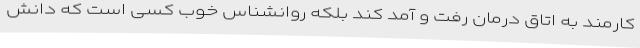
کارمند به اتاق درمان رفت و آمد کند بلکه روانشناس خوب کسی است که دانش